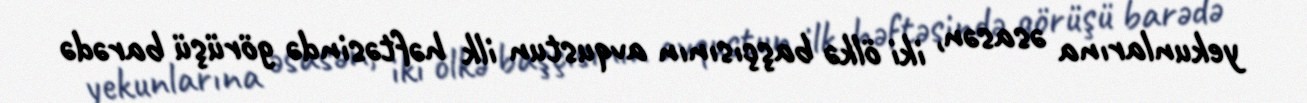
yekunlarına əsasən, iki ölkə başçısının avqustun ilk həftəsində görüşü barədə